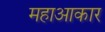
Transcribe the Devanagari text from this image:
महाआकार